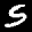
Label: 5